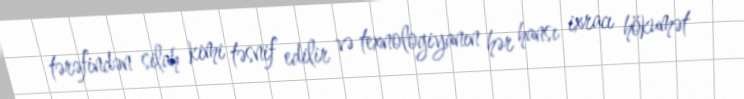
tərəfindən silah kimi təsnif edilir və texnologiyanın hər hansı ixracı hökumət